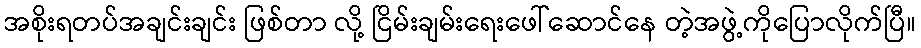
အစိုးရတပ်အချင်းချင်း ဖြစ်တာ လို့ ငြိမ်းချမ်းရေးဖေါ်ဆောင်နေ တဲ့အဖွဲ့ကိုပြောလိုက်ပြီ။